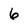
Character: 6